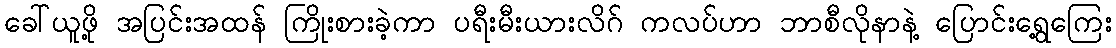
ခေါ်ယူဖို့ အပြင်းအထန် ကြိုးစားခဲ့ကာ ပရီးမီးယားလိဂ် ကလပ်ဟာ ဘာစီလိုနာနဲ့ ပြောင်းရွေ့ကြေး